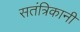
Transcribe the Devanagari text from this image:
सतंत्रिकानी